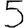
Digit: 5